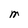
Character: M